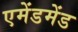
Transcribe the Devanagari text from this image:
एमेंडमेंड